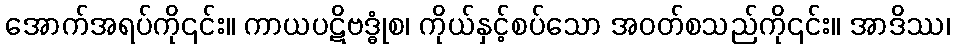
အောက်အရပ်ကို၎င်း။ ကာယပဋိဗဒ္ဓုံစ၊ ကိုယ်နှင့်စပ်သော အဝတ်စသည်ကို၎င်း။ အာဒိဿ၊